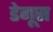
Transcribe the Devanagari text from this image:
डेगूस